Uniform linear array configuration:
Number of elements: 32
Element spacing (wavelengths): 0.5
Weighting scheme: hann
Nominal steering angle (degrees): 60
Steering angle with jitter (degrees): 61.477
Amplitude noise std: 0.05
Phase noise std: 0.05

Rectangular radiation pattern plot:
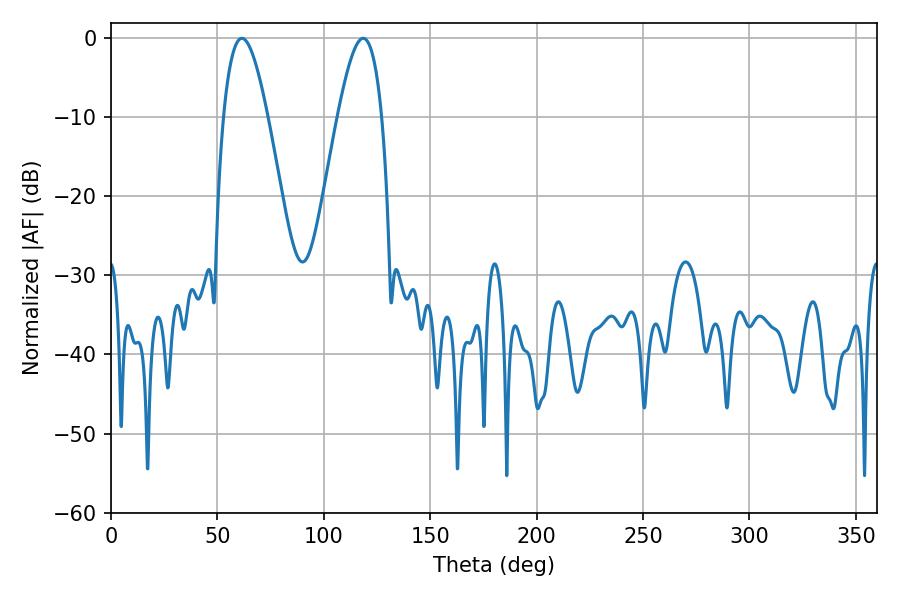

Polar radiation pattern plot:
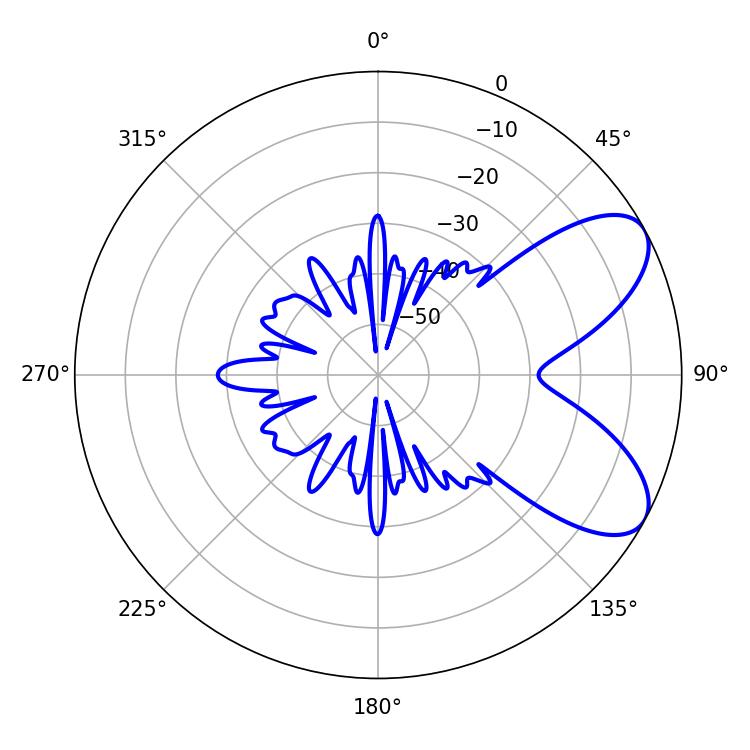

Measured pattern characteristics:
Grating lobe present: FALSE
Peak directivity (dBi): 7.239
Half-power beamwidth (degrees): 11.34
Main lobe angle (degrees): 61.56